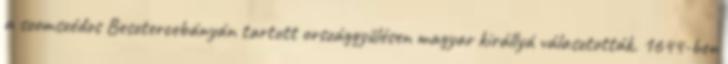
a szomszédos Besztercebányán tartott országgyűlésen magyar királlyá választották. 1644-ben